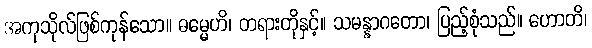
အကုသိုလ်ဖြစ်ကုန်သော။ ဓမ္မေဟိ၊ တရားတိုနှင့်။ သမန္နာဂတော၊ ပြည့်စုံသည်။ ဟောတိ၊